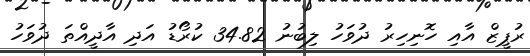
ރުޕީޒް އާއި ހޮނިހިރު ދުވަހު ލިބުނު 34.82 ކުރޯޑު އަދި އާދީއްތަ ދުވަހު